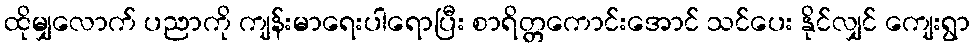
ထိုမျှလောက် ပညာကို ကျန်းမာရေးပါရောပြီး စာရိတ္တကောင်းအောင် သင်ပေး နိုင်လျှင် ကျေးရွာ